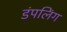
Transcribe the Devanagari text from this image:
डंपलिंग